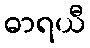
ဓာရယီ